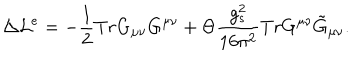
\triangle { \cal L } ^ { e } = - \frac { 1 } { 2 } T r G _ { \mu \nu } G ^ { \mu \nu } + \Theta \frac { g _ { s } ^ { 2 } } { 1 6 \pi ^ { 2 } } T r G ^ { \mu \nu } \tilde { G } _ { \mu \nu } .